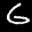
Label: 6